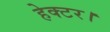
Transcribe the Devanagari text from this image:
हेक्‍टर।